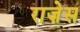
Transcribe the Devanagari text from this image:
राज़ेस